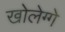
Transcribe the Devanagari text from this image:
खोलेग्गे